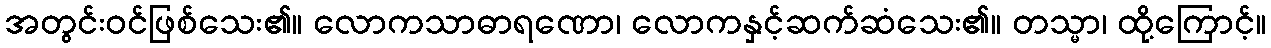
အတွင်းဝင်ဖြစ်သေး၏။ လောကသာဓာရဏော၊ လောကနှင့်ဆက်ဆံသေး၏။ တသ္မာ၊ ထို့ကြောင့်။